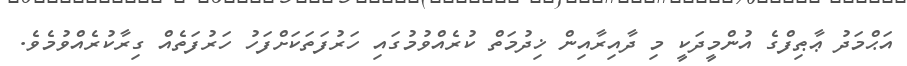
އަޙްމަދު ޢާޠިފްގެ އުންމީދަކީ މި ދާއިރާއިން ޚިދުމަތް ކުރެއްވުމުގައި ހަރުފަތަކަށްފަހު ހަރުފަތެއް ގިރާކުރެއްވުމެވެ.